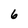
Character: 6